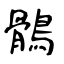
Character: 鶻